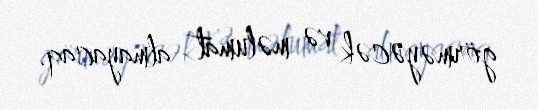
görməyəcək və məlumat almayacaq.